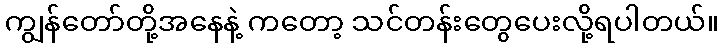
ကျွန်တော်တို့အနေနဲ့ ကတော့ သင်တန်းတွေပေးလို့ရပါတယ်။